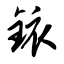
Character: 铱